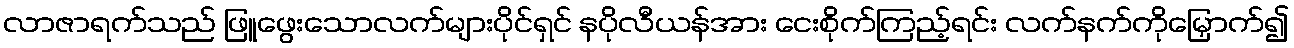
လာဇာရက်သည် ဖြူဖွေးသောလက်များပိုင်ရှင် နပိုလီယန်အား ငေးစိုက်ကြည့်ရင်း လက်နက်ကိုမြှောက်၍